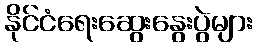
နိုင်ငံရေးဆွေးနွေးပွဲများ